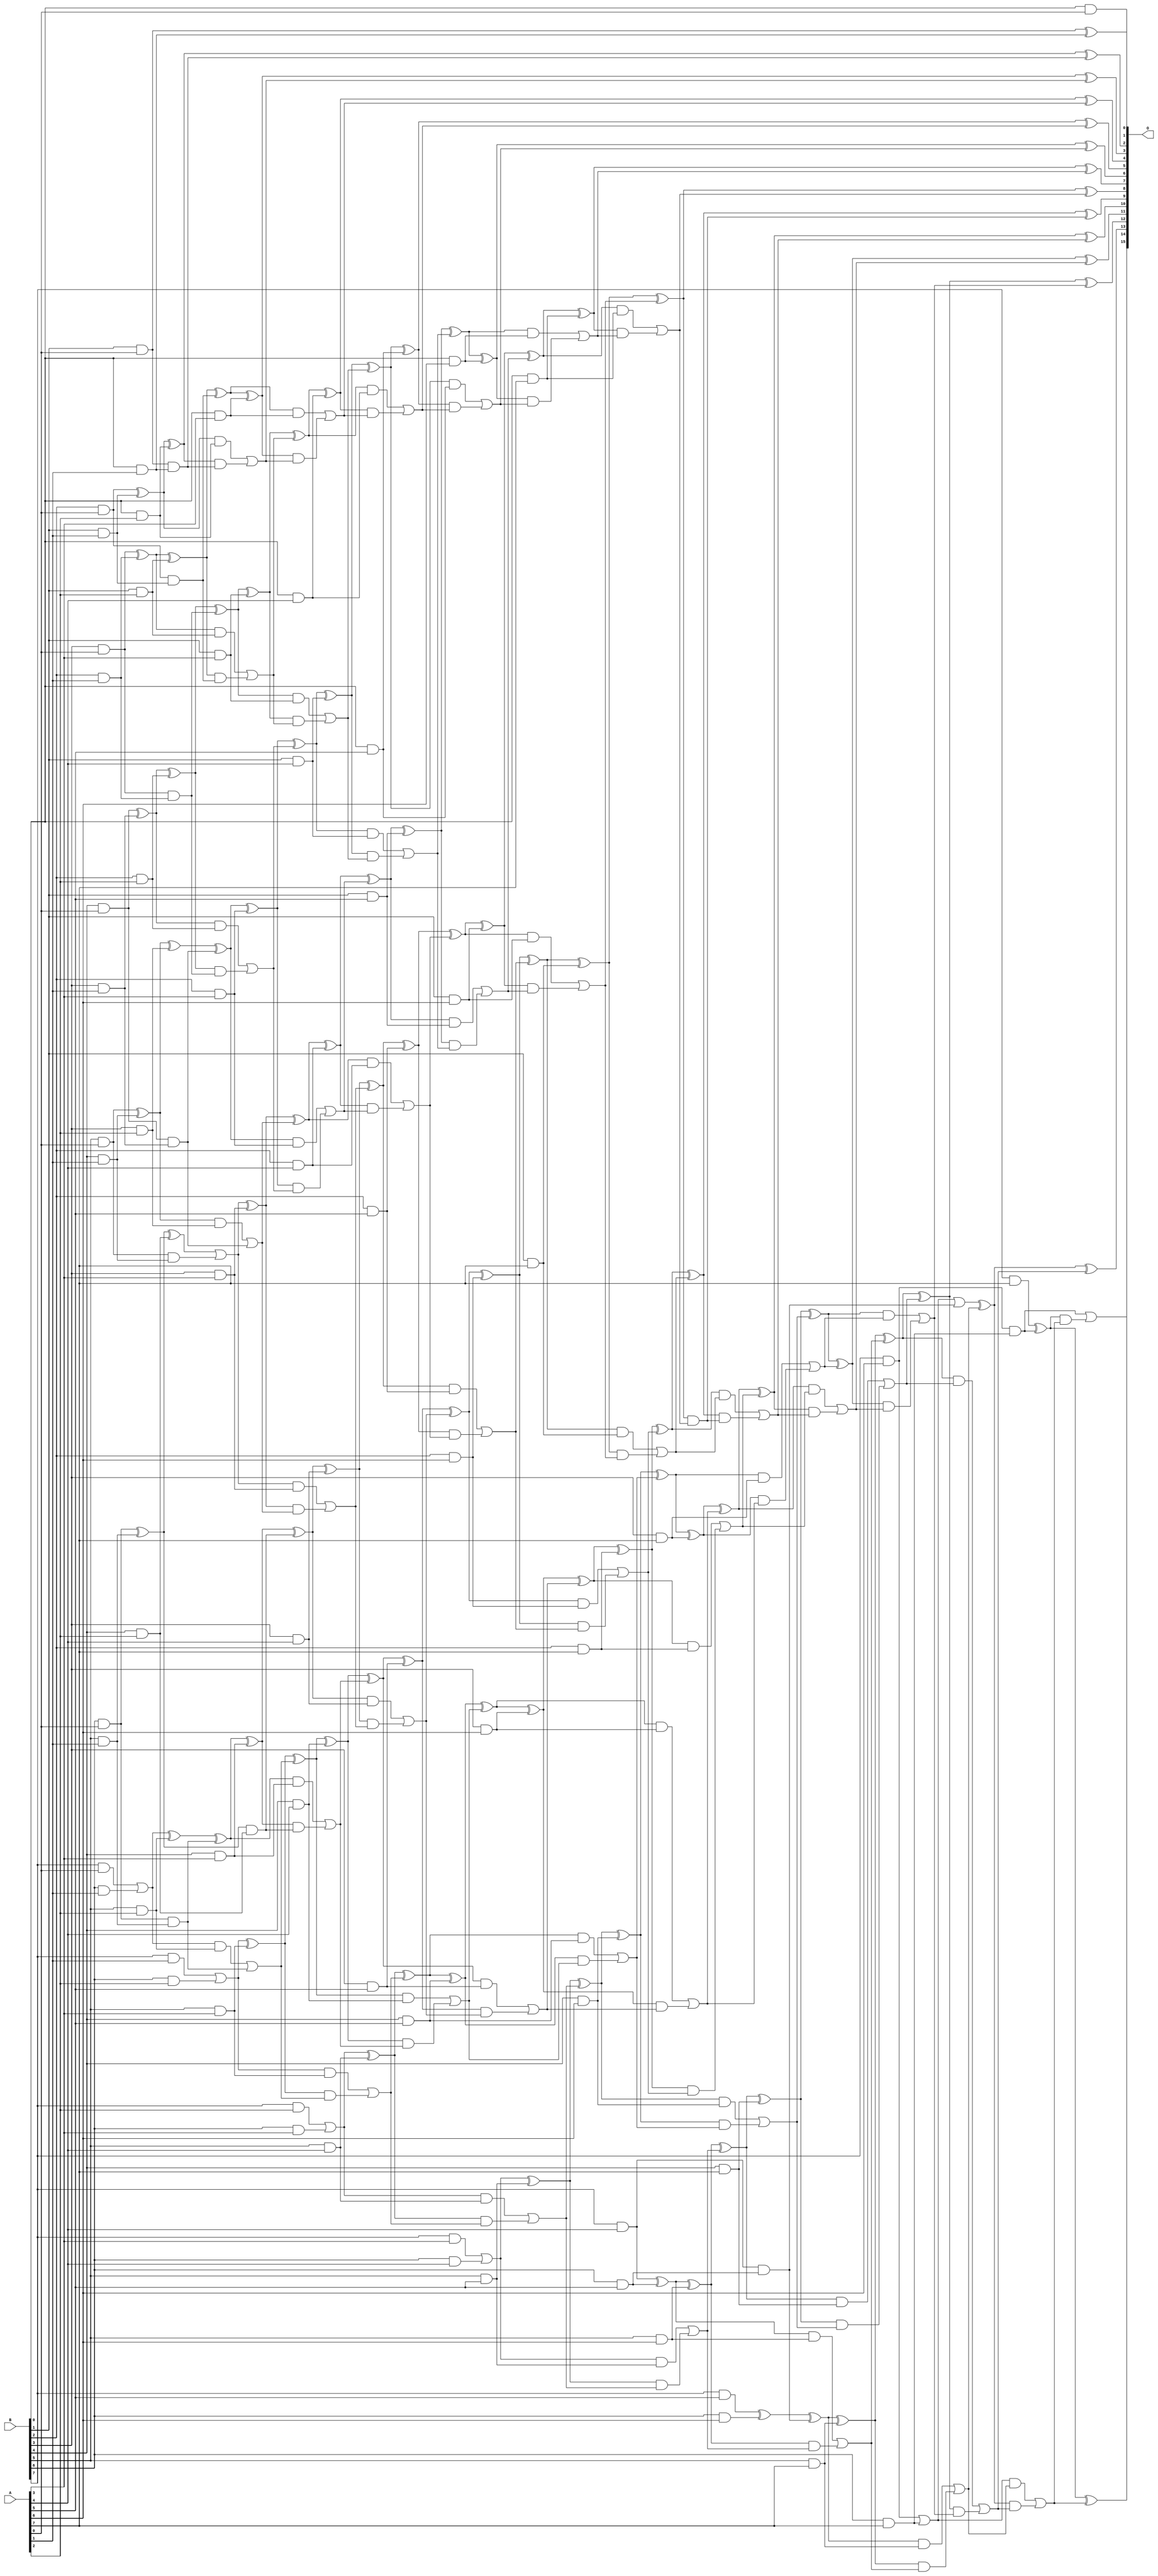
/***
* This code is a part of EvoApproxLib library (ehw.fit.vutbr.cz/approxlib) distributed under The MIT License.
* When used, please cite the following article(s): V. Mrazek, R. Hrbacek, Z. Vasicek and L. Sekanina, "EvoApprox8b: Library of approximate adders and multipliers for circuit design and benchmarking of approximation methods". Design, Automation & Test in Europe Conference & Exhibition (DATE), 2017, Lausanne, 2017, pp. 258-261. doi: 10.23919/DATE.2017.7926993 
* This file contains a circuit from a sub-set of pareto optimal circuits with respect to the pwr and ep parameters
***/
// MAE% = 1.12 %
// MAE = 731 
// WCE% = 15.53 %
// WCE = 10176 
// WCRE% = 44.44 %
// EP% = 19.82 %
// MRE% = 2.64 %
// MSE = 55767.68e2 
// PDK45_PWR = 0.371 mW
// PDK45_AREA = 661.2 um2
// PDK45_DELAY = 1.36 ns

module mul8u_JQQ (
    A,
    B,
    O
);

input [7:0] A;
input [7:0] B;
output [15:0] O;

wire sig_16,sig_17,sig_18,sig_19,sig_20,sig_21,sig_22,sig_23,sig_24,sig_25,sig_26,sig_27,sig_28,sig_29,sig_30,sig_31,sig_32,sig_33,sig_34,sig_35;
wire sig_36,sig_37,sig_38,sig_39,sig_40,sig_41,sig_42,sig_43,sig_44,sig_46,sig_47,sig_48,sig_49,sig_50,sig_51,sig_52,sig_53,sig_54,sig_55,sig_56;
wire sig_57,sig_58,sig_59,sig_60,sig_61,sig_62,sig_63,sig_64,sig_65,sig_66,sig_67,sig_68,sig_69,sig_70,sig_72,sig_73,sig_74,sig_75,sig_77,sig_79;
wire sig_80,sig_82,sig_83,sig_84,sig_89,sig_90,sig_91,sig_92,sig_93,sig_94,sig_95,sig_96,sig_97,sig_98,sig_99,sig_100,sig_101,sig_102,sig_103,sig_104;
wire sig_105,sig_106,sig_107,sig_108,sig_109,sig_110,sig_111,sig_112,sig_113,sig_114,sig_115,sig_116,sig_117,sig_118,sig_119,sig_120,sig_121,sig_122,sig_123,sig_124;
wire sig_125,sig_126,sig_127,sig_132,sig_133,sig_134,sig_135,sig_136,sig_137,sig_138,sig_139,sig_140,sig_141,sig_142,sig_143,sig_144,sig_145,sig_146,sig_147,sig_148;
wire sig_149,sig_150,sig_151,sig_152,sig_153,sig_154,sig_155,sig_156,sig_157,sig_158,sig_159,sig_160,sig_161,sig_162,sig_163,sig_164,sig_165,sig_166,sig_167,sig_168;
wire sig_169,sig_170,sig_175,sig_176,sig_177,sig_178,sig_179,sig_180,sig_181,sig_182,sig_183,sig_184,sig_185,sig_186,sig_187,sig_188,sig_189,sig_190,sig_191,sig_192;
wire sig_193,sig_194,sig_195,sig_196,sig_197,sig_198,sig_199,sig_200,sig_201,sig_202,sig_203,sig_204,sig_205,sig_206,sig_207,sig_208,sig_209,sig_210,sig_211,sig_212;
wire sig_213,sig_214,sig_218,sig_219,sig_220,sig_221,sig_222,sig_223,sig_224,sig_225,sig_226,sig_227,sig_228,sig_229,sig_230,sig_231,sig_232,sig_233,sig_234,sig_235;
wire sig_236,sig_237,sig_238,sig_239,sig_240,sig_241,sig_242,sig_243,sig_244,sig_245,sig_246,sig_247,sig_248,sig_249,sig_250,sig_251,sig_252,sig_253,sig_254,sig_255;
wire sig_256,sig_259,sig_261,sig_262,sig_263,sig_264,sig_265,sig_266,sig_267,sig_268,sig_269,sig_270,sig_271,sig_272,sig_273,sig_274,sig_275,sig_276,sig_277,sig_278;
wire sig_279,sig_280,sig_281,sig_282,sig_283,sig_284,sig_285,sig_286,sig_287,sig_288,sig_289,sig_290,sig_291,sig_292,sig_293,sig_294,sig_295,sig_296,sig_297,sig_298;
wire sig_299,sig_300,sig_302,sig_304,sig_305,sig_306,sig_307,sig_308,sig_309,sig_310,sig_311,sig_312,sig_313,sig_314,sig_315,sig_316,sig_317,sig_318,sig_319,sig_320;
wire sig_321,sig_322,sig_323,sig_324,sig_325,sig_326,sig_327,sig_328,sig_329,sig_330,sig_331,sig_333,sig_334,sig_335;

assign sig_16 = B[0] & A[0];
assign sig_17 = B[1] & A[0];
assign sig_18 = B[2] & A[0];
assign sig_19 = B[3] & A[0];
assign sig_20 = B[4] & A[0];
assign sig_21 = B[5] & A[0];
assign sig_22 = B[6] & A[0];
assign sig_23 = B[7] & A[0];
assign sig_24 = B[0] & A[1];
assign sig_25 = B[1] & A[1];
assign sig_26 = B[2] & A[1];
assign sig_27 = B[3] & A[1];
assign sig_28 = B[4] & A[1];
assign sig_29 = B[5] & A[1];
assign sig_30 = B[6] & A[1];
assign sig_31 = B[7] & A[1];
assign sig_32 = sig_17 ^ sig_24;
assign sig_33 = sig_17 & sig_24;
assign sig_34 = sig_18 ^ sig_25;
assign sig_35 = sig_18 & sig_25;
assign sig_36 = sig_19 ^ sig_26;
assign sig_37 = sig_19 & sig_26;
assign sig_38 = sig_20 ^ sig_27;
assign sig_39 = sig_20 & sig_27;
assign sig_40 = sig_21 ^ sig_28;
assign sig_41 = sig_21 & sig_28;
assign sig_42 = sig_22 ^ sig_29;
assign sig_43 = sig_22 & sig_29;
assign sig_44 = sig_23 | sig_30;
assign sig_46 = B[0] & A[2];
assign sig_47 = B[1] & A[2];
assign sig_48 = B[2] & A[2];
assign sig_49 = B[3] & A[2];
assign sig_50 = B[4] & A[2];
assign sig_51 = B[5] & A[2];
assign sig_52 = B[6] & A[2];
assign sig_53 = B[7] & A[2];
assign sig_54 = sig_34 ^ sig_46;
assign sig_55 = sig_34 & sig_46;
assign sig_56 = sig_54 & sig_33;
assign sig_57 = sig_54 ^ sig_33;
assign sig_58 = sig_55 | sig_56;
assign sig_59 = sig_36 ^ sig_47;
assign sig_60 = sig_36 & sig_47;
assign sig_61 = sig_59 & sig_35;
assign sig_62 = sig_59 ^ sig_35;
assign sig_63 = sig_60 | sig_61;
assign sig_64 = sig_38 ^ sig_48;
assign sig_65 = sig_38 & sig_48;
assign sig_66 = sig_64 & sig_37;
assign sig_67 = sig_64 ^ sig_37;
assign sig_68 = sig_65 | sig_66;
assign sig_69 = sig_40 ^ sig_49;
assign sig_70 = sig_40 & sig_49;
assign sig_72 = sig_69 ^ sig_39;
assign sig_73 = sig_70 | sig_39;
assign sig_74 = sig_42 ^ sig_50;
assign sig_75 = sig_42 & sig_50;
assign sig_77 = sig_74 | sig_41;
assign sig_79 = sig_44 ^ sig_51;
assign sig_80 = sig_44 & sig_51;
assign sig_82 = sig_79 ^ sig_43;
assign sig_83 = sig_80 | sig_43;
assign sig_84 = sig_31 | sig_52;
assign sig_89 = B[0] & A[3];
assign sig_90 = B[1] & A[3];
assign sig_91 = B[2] & A[3];
assign sig_92 = B[3] & A[3];
assign sig_93 = B[4] & A[3];
assign sig_94 = B[5] & A[3];
assign sig_95 = B[6] & A[3];
assign sig_96 = B[7] & A[3];
assign sig_97 = sig_62 ^ sig_89;
assign sig_98 = sig_62 & sig_89;
assign sig_99 = sig_97 & sig_58;
assign sig_100 = sig_97 ^ sig_58;
assign sig_101 = sig_98 | sig_99;
assign sig_102 = sig_67 ^ sig_90;
assign sig_103 = sig_67 & sig_90;
assign sig_104 = sig_102 & sig_63;
assign sig_105 = sig_102 ^ sig_63;
assign sig_106 = sig_103 | sig_104;
assign sig_107 = sig_72 ^ sig_91;
assign sig_108 = sig_72 & sig_91;
assign sig_109 = sig_107 & sig_68;
assign sig_110 = sig_107 ^ sig_68;
assign sig_111 = sig_108 | sig_109;
assign sig_112 = sig_77 ^ sig_92;
assign sig_113 = sig_77 & sig_92;
assign sig_114 = sig_112 & sig_73;
assign sig_115 = sig_112 ^ sig_73;
assign sig_116 = sig_113 | sig_114;
assign sig_117 = sig_82 ^ sig_93;
assign sig_118 = sig_82 & sig_93;
assign sig_119 = sig_117 & sig_75;
assign sig_120 = sig_117 ^ sig_75;
assign sig_121 = sig_118 | sig_119;
assign sig_122 = sig_84 ^ sig_94;
assign sig_123 = sig_84 & sig_94;
assign sig_124 = sig_122 & sig_83;
assign sig_125 = sig_122 ^ sig_83;
assign sig_126 = sig_123 | sig_124;
assign sig_127 = sig_53 | sig_95;
assign sig_132 = B[0] & A[4];
assign sig_133 = B[1] & A[4];
assign sig_134 = B[2] & A[4];
assign sig_135 = B[3] & A[4];
assign sig_136 = B[4] & A[4];
assign sig_137 = B[5] & A[4];
assign sig_138 = B[6] & A[4];
assign sig_139 = B[7] & A[4];
assign sig_140 = sig_105 ^ sig_132;
assign sig_141 = sig_105 & sig_132;
assign sig_142 = sig_140 & sig_101;
assign sig_143 = sig_140 ^ sig_101;
assign sig_144 = sig_141 | sig_142;
assign sig_145 = sig_110 ^ sig_133;
assign sig_146 = sig_110 & sig_133;
assign sig_147 = sig_145 & sig_106;
assign sig_148 = sig_145 ^ sig_106;
assign sig_149 = sig_146 | sig_147;
assign sig_150 = sig_115 ^ sig_134;
assign sig_151 = sig_115 & sig_134;
assign sig_152 = sig_150 & sig_111;
assign sig_153 = sig_150 ^ sig_111;
assign sig_154 = sig_151 | sig_152;
assign sig_155 = sig_120 ^ sig_135;
assign sig_156 = sig_120 & sig_135;
assign sig_157 = sig_155 & sig_116;
assign sig_158 = sig_155 ^ sig_116;
assign sig_159 = sig_156 | sig_157;
assign sig_160 = sig_125 ^ sig_136;
assign sig_161 = sig_125 & sig_136;
assign sig_162 = sig_160 & sig_121;
assign sig_163 = sig_160 ^ sig_121;
assign sig_164 = sig_161 | sig_162;
assign sig_165 = sig_127 ^ sig_137;
assign sig_166 = sig_127 & sig_137;
assign sig_167 = sig_165 & sig_126;
assign sig_168 = sig_165 ^ sig_126;
assign sig_169 = sig_166 | sig_167;
assign sig_170 = sig_96 | sig_138;
assign sig_175 = B[0] & A[5];
assign sig_176 = B[1] & A[5];
assign sig_177 = B[2] & A[5];
assign sig_178 = B[3] & A[5];
assign sig_179 = B[4] & A[5];
assign sig_180 = B[5] & A[5];
assign sig_181 = B[6] & A[5];
assign sig_182 = B[7] & A[5];
assign sig_183 = sig_148 ^ sig_175;
assign sig_184 = sig_148 & sig_175;
assign sig_185 = sig_183 & sig_144;
assign sig_186 = sig_183 ^ sig_144;
assign sig_187 = sig_184 | sig_185;
assign sig_188 = sig_153 ^ sig_176;
assign sig_189 = sig_153 & sig_176;
assign sig_190 = sig_188 & sig_149;
assign sig_191 = sig_188 ^ sig_149;
assign sig_192 = sig_189 | sig_190;
assign sig_193 = sig_158 ^ sig_177;
assign sig_194 = sig_158 & sig_177;
assign sig_195 = sig_193 & sig_154;
assign sig_196 = sig_193 ^ sig_154;
assign sig_197 = sig_194 | sig_195;
assign sig_198 = sig_163 ^ sig_178;
assign sig_199 = sig_163 & sig_178;
assign sig_200 = sig_198 & sig_159;
assign sig_201 = sig_198 ^ sig_159;
assign sig_202 = sig_199 | sig_200;
assign sig_203 = sig_168 ^ sig_179;
assign sig_204 = sig_168 & sig_179;
assign sig_205 = sig_203 & sig_164;
assign sig_206 = sig_203 ^ sig_164;
assign sig_207 = sig_204 | sig_205;
assign sig_208 = sig_170 ^ sig_180;
assign sig_209 = sig_170 & sig_180;
assign sig_210 = sig_208 & sig_169;
assign sig_211 = sig_208 ^ sig_169;
assign sig_212 = sig_209 | sig_210;
assign sig_213 = sig_139 ^ sig_181;
assign sig_214 = sig_139 & sig_181;
assign sig_218 = B[0] & A[6];
assign sig_219 = B[1] & A[6];
assign sig_220 = B[2] & A[6];
assign sig_221 = B[3] & A[6];
assign sig_222 = B[4] & A[6];
assign sig_223 = B[5] & A[6];
assign sig_224 = B[6] & A[6];
assign sig_225 = B[7] & A[6];
assign sig_226 = sig_191 ^ sig_218;
assign sig_227 = sig_191 & sig_218;
assign sig_228 = sig_226 & sig_187;
assign sig_229 = sig_226 ^ sig_187;
assign sig_230 = sig_227 | sig_228;
assign sig_231 = sig_196 ^ sig_219;
assign sig_232 = sig_196 & sig_219;
assign sig_233 = sig_231 & sig_192;
assign sig_234 = sig_231 ^ sig_192;
assign sig_235 = sig_232 | sig_233;
assign sig_236 = sig_201 ^ sig_220;
assign sig_237 = sig_201 & sig_220;
assign sig_238 = sig_236 & sig_197;
assign sig_239 = sig_236 ^ sig_197;
assign sig_240 = sig_237 | sig_238;
assign sig_241 = sig_206 ^ sig_221;
assign sig_242 = sig_206 & sig_221;
assign sig_243 = sig_241 & sig_202;
assign sig_244 = sig_241 ^ sig_202;
assign sig_245 = sig_242 | sig_243;
assign sig_246 = sig_211 ^ sig_222;
assign sig_247 = sig_211 & sig_222;
assign sig_248 = sig_246 & sig_207;
assign sig_249 = sig_246 ^ sig_207;
assign sig_250 = sig_247 | sig_248;
assign sig_251 = sig_213 ^ sig_223;
assign sig_252 = sig_213 & sig_223;
assign sig_253 = sig_251 & sig_212;
assign sig_254 = sig_251 ^ sig_212;
assign sig_255 = sig_252 | sig_253;
assign sig_256 = sig_182 ^ sig_224;
assign sig_259 = sig_256 ^ sig_214;
assign sig_261 = B[0] & A[7];
assign sig_262 = B[1] & A[7];
assign sig_263 = B[2] & A[7];
assign sig_264 = B[3] & A[7];
assign sig_265 = B[4] & A[7];
assign sig_266 = B[5] & A[7];
assign sig_267 = B[6] & A[7];
assign sig_268 = B[7] & A[7];
assign sig_269 = sig_234 ^ sig_261;
assign sig_270 = sig_234 & sig_261;
assign sig_271 = sig_269 & sig_230;
assign sig_272 = sig_269 ^ sig_230;
assign sig_273 = sig_270 | sig_271;
assign sig_274 = sig_239 ^ sig_262;
assign sig_275 = sig_239 & sig_262;
assign sig_276 = sig_274 & sig_235;
assign sig_277 = sig_274 ^ sig_235;
assign sig_278 = sig_275 | sig_276;
assign sig_279 = sig_244 ^ sig_263;
assign sig_280 = sig_244 & sig_263;
assign sig_281 = sig_279 & sig_240;
assign sig_282 = sig_279 ^ sig_240;
assign sig_283 = sig_280 | sig_281;
assign sig_284 = sig_249 ^ sig_264;
assign sig_285 = sig_249 & sig_264;
assign sig_286 = sig_284 & sig_245;
assign sig_287 = sig_284 ^ sig_245;
assign sig_288 = sig_285 | sig_286;
assign sig_289 = sig_254 ^ sig_265;
assign sig_290 = sig_254 & sig_265;
assign sig_291 = sig_289 & sig_250;
assign sig_292 = sig_289 ^ sig_250;
assign sig_293 = sig_290 | sig_291;
assign sig_294 = sig_259 ^ sig_266;
assign sig_295 = sig_259 & sig_266;
assign sig_296 = sig_294 & sig_255;
assign sig_297 = sig_294 ^ sig_255;
assign sig_298 = sig_295 | sig_296;
assign sig_299 = sig_225 | sig_267;
assign sig_300 = sig_225 & sig_267;
assign sig_302 = sig_299 | sig_214;
assign sig_304 = sig_277 ^ sig_273;
assign sig_305 = sig_277 & sig_273;
assign sig_306 = sig_282 ^ sig_278;
assign sig_307 = sig_282 & sig_278;
assign sig_308 = sig_306 & sig_305;
assign sig_309 = sig_306 ^ sig_305;
assign sig_310 = sig_307 | sig_308;
assign sig_311 = sig_287 ^ sig_283;
assign sig_312 = sig_287 & sig_283;
assign sig_313 = sig_311 & sig_310;
assign sig_314 = sig_311 ^ sig_310;
assign sig_315 = sig_312 | sig_313;
assign sig_316 = sig_292 ^ sig_288;
assign sig_317 = sig_292 & sig_288;
assign sig_318 = sig_316 & sig_315;
assign sig_319 = sig_316 ^ sig_315;
assign sig_320 = sig_317 | sig_318;
assign sig_321 = sig_297 ^ sig_293;
assign sig_322 = sig_297 & sig_293;
assign sig_323 = sig_321 & sig_320;
assign sig_324 = sig_321 ^ sig_320;
assign sig_325 = sig_322 | sig_323;
assign sig_326 = sig_302 ^ sig_298;
assign sig_327 = sig_299 & sig_298;
assign sig_328 = sig_326 & sig_325;
assign sig_329 = sig_326 ^ sig_325;
assign sig_330 = sig_327 | sig_328;
assign sig_331 = sig_268 ^ sig_300;
assign sig_333 = sig_331 & sig_330;
assign sig_334 = sig_331 ^ sig_330;
assign sig_335 = sig_300 | sig_333;

assign O[15] = sig_335;
assign O[14] = sig_334;
assign O[13] = sig_329;
assign O[12] = sig_324;
assign O[11] = sig_319;
assign O[10] = sig_314;
assign O[9] = sig_309;
assign O[8] = sig_304;
assign O[7] = sig_272;
assign O[6] = sig_229;
assign O[5] = sig_186;
assign O[4] = sig_143;
assign O[3] = sig_100;
assign O[2] = sig_57;
assign O[1] = sig_32;
assign O[0] = sig_16;

endmodule